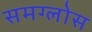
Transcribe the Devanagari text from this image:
समग्लोस